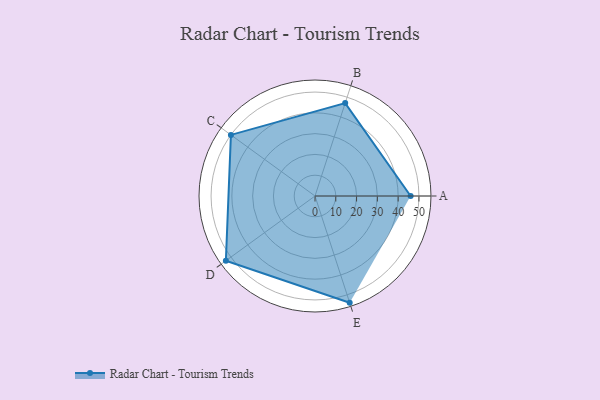
{"axis": {"x": "Skill", "y": "Score"}, "legend": ["Profile"], "data": [{"x": "A", "y": 46.0, "type": "Profile"}, {"x": "B", "y": 47.0, "type": "Profile"}, {"x": "C", "y": 50.0, "type": "Profile"}, {"x": "D", "y": 53.0, "type": "Profile"}, {"x": "E", "y": 54.0, "type": "Profile"}]}